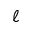
\ell